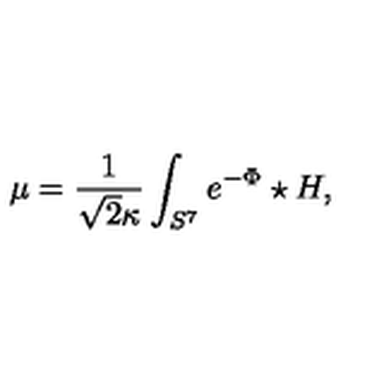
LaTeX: \mu = \frac { 1 } { \sqrt { 2 } \kappa } \int _ { S ^ { 7 } } e ^ { - \Phi } \star H ,